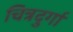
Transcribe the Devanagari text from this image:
चित्रदुर्गा